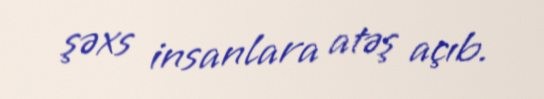
şəxs insanlara atəş açıb.